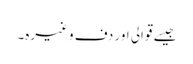
جیسے قوالی اور دف وغیرہ۔